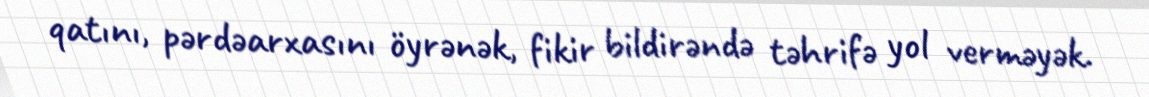
qatını, pərdəarxasını öyrənək, fikir bildirəndə təhrifə yol verməyək.